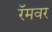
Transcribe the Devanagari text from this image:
रॅमवर